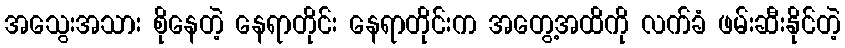
အသွေးအသား စိုနေတဲ့ နေရာတိုင်း နေရာတိုင်းက အတွေ့အထိကို လက်ခံ ဖမ်းဆီးနိုင်တဲ့